Report of the Indian Hemp Drugs Commission, 1894-1895 - Volume IV
Year: 1894
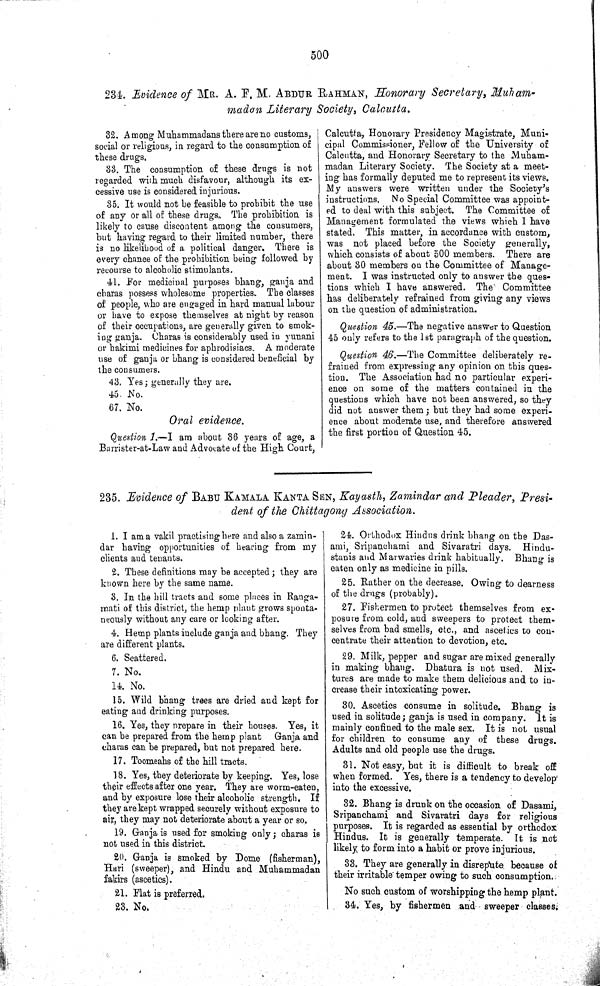
500
234. Evidence of MR. A. F. M. ABDUR RAHMAN, Honorary Secretary, Muham-
madon Literary Society, Calcutta.
32. Among Muhammadans there are no customs,
social or religions, in regard to the consumption of
these drugs.
33. The consumption of these drugs is not
regarded with much disfavour, although its ex-
cessive use is considered injurious.
35. It would not be feasible to prohibit the use
of any or all of these drugs. The prohibition is
likely to cause discontent among the consumers,
but having regard to their limited number, there
is no likelihood of a political danger. There is
every chance of the prohibition being followed by
recourse to alcoholic stimulants.
41. For medicinal purposes bhang, ganja and
charas possess wholesome properties. The classes
of people, who are engaged in hard manual labour
or have to expose themselves at night by reason
of their occupations, are generally given to smok-
ing ganja. Charas is considerably used in yunani
or hakimi medicines for aphrodisiacs. A moderate
use of ganja or bhang is considered beneficial by
the consumers.
43. Yes; generally they are.
45. No.
67. No.
Oral evidence.
Question 1.—I am about 36 years of age, a
Barrister-at-Law and Advocate of the High Court,
Calcutta, Honorary Presidency Magistrate, Muni-
cipal Commissioner, Fellow of the University of
Calcutta, and Honorary Secretary to the Muham-
madan Literary Society. The Society at a meet-
ing has formally deputed me to represent its views.
My answers were written under the Society's
instructions. No Special Committee was appoint-
ed to deal with this subject. The Committee of
Management formulated the views which I have
stated. This matter, in accordance with custom,
was not placed before the Society generally,
which consists of about 500 members. There are
about 30 members on the Committee of Manage-
ment. I was instructed only to answer the ques-
tions which I have answered. The Committee
has deliberately refrained from giving any views
on the question of administration.
Question 45.—The negative answer to Question
45 only refers to the 1st paragraph of the question.
Question 46.—The Committee deliberately re-
frained from expressing any opinion on this ques-
tion. The Association had no particular experi-
ence on some of the matters contained in the
questions which have not been answered, so they
did not answer them; but they had some experi-
ence about moderate use, and therefore answered
the first portion of Question 45.
235. Evidence of BABU KAMALA KANTA SEN, Kayasth, Zamindar and Pleader, Presi-
dent of the Chittagong Association.
1. I am a vakil practising here and also a zamin-
dar having opportunities of hearing from my
clients and tenants.
2. These definitions may be accepted; they are
known here by the same name.
3. In the hill tracts and some places in Ranga-
mati of this district, the hemp plant grows sponta-
neously without any care or looking after.
4. Hemp plants include ganja and bhang. They
are different plants.
6. Scattered.
7. No.
14. No.
15. Wild bhang trees are dried and kept for
eating and drinking purposes.
16. Yes, they prepare in their houses. Yes, it
can be prepared from the hemp plant
Ganja and
charas can be prepared, but not prepared here.
17. Toomeahs of the hill tracts.
18. Yes, they deteriorate by keeping. Yes, lose
their effects after one year. They are worm-eaten,
and by exposure lose their alcoholic strength. If
they are kept wrapped securely without exposure to
air, they may not deteriorate about a year or so.
19. Ganja is used for smoking only; charas is
not used in this district.
20. Ganja is smoked by Dome (fisherman),
Hari (sweeper), and Hindu and Muhammadan
fakirs (ascetics).
21. Flat is preferred.
23. No.
24. Orthodox Hindus drink bhang on the Das-
ami, Sripanchami and Sivaratri days. Hindu-
stanis and Marwaries drink habitually. Bhang is
eaten only as medicine in pills.
25. Rather on the decrease. Owing to dearness
of the drugs (probably).
27. Fishermen to protect themselves from ex-
posure from cold, and sweepers to protect them-
selves from bad smells, etc., and ascetics to con-
centrate their attention to devotion, etc.
29. Milk, pepper and sugar are mixed generally
in making bhang. Dhatura is not used.
Mix-
tures are made to make them delicious and to in-
crease their intoxicating power.
30. Ascetics consume in solitude. Bhang is
used in solitude; ganja is used in company. It is
mainly confined to the male sex. It is not usual
for children to consume any of these drugs.
Adults and old people use the drugs.
31. Not easy, but it is difficult to break off
when formed. Yes, there is a tendency to develop
into the excessive.
32. Bhang is drunk on the occasion of Dasami,
Sripanchami and Sivaratri days for religious
purposes. It is regarded as essential by orthodox
Hindus. It is generally temperate. It is not
likely to form into a habit or prove injurious.
33. They are generally in disrepute because of
their irritable temper owing to such consumption.
No such custom of worshipping the hemp plant.
34. Yes, by fishermen and sweeper classes.